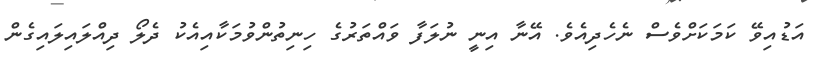
އަޑުއިވޭ ކަމަކަށްވެސް ނެހެދިއެވެ. އޭނާ އިނީ ނުލަފާ ވައްތަރުގެ ހިނިތުންވުމަކާއިއެކު ދެލޯ ދިއްލައިލައިގެން